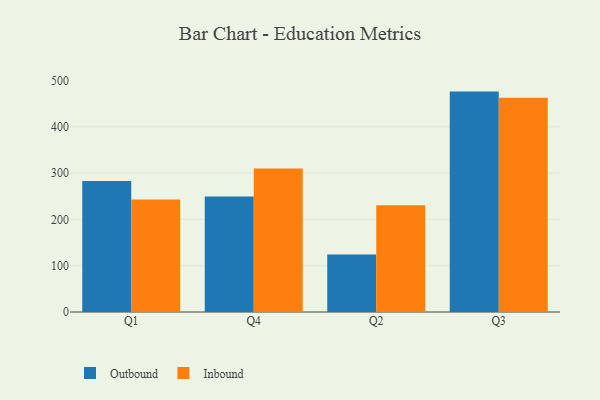
{"axis": {"x": "Quarter", "y": "Humidity (%)"}, "legend": ["Inbound", "Outbound"], "data": [{"x": "Q1", "y": 283.1, "type": "Outbound"}, {"x": "Q1", "y": 242.9, "type": "Inbound"}, {"x": "Q4", "y": 249.7, "type": "Outbound"}, {"x": "Q4", "y": 309.9, "type": "Inbound"}, {"x": "Q2", "y": 124.2, "type": "Outbound"}, {"x": "Q2", "y": 230.7, "type": "Inbound"}, {"x": "Q3", "y": 476.1, "type": "Outbound"}, {"x": "Q3", "y": 462.9, "type": "Inbound"}]}